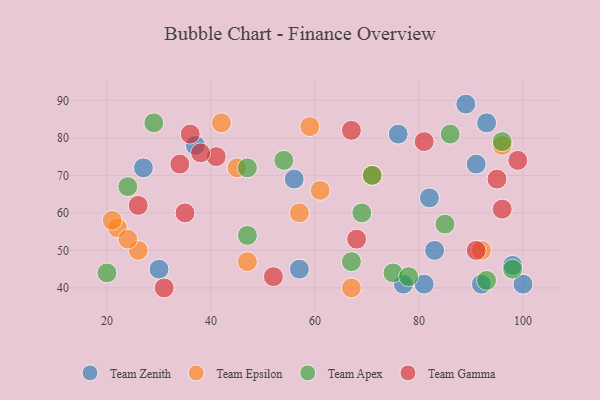
{"axis": {"x": "GDP", "y": "Life Expectancy"}, "legend": ["Team Apex", "Team Epsilon", "Team Gamma", "Team Zenith"], "data": [{"x": "92", "y": 41, "type": "Team Zenith"}, {"x": "27", "y": 72, "type": "Team Zenith"}, {"x": "89", "y": 89, "type": "Team Zenith"}, {"x": "81", "y": 41, "type": "Team Zenith"}, {"x": "82", "y": 64, "type": "Team Zenith"}, {"x": "100", "y": 41, "type": "Team Zenith"}, {"x": "57", "y": 45, "type": "Team Zenith"}, {"x": "77", "y": 41, "type": "Team Zenith"}, {"x": "76", "y": 81, "type": "Team Zenith"}, {"x": "37", "y": 78, "type": "Team Zenith"}, {"x": "56", "y": 69, "type": "Team Zenith"}, {"x": "93", "y": 84, "type": "Team Zenith"}, {"x": "30", "y": 45, "type": "Team Zenith"}, {"x": "83", "y": 50, "type": "Team Zenith"}, {"x": "91", "y": 73, "type": "Team Zenith"}, {"x": "98", "y": 46, "type": "Team Zenith"}, {"x": "59", "y": 83, "type": "Team Epsilon"}, {"x": "67", "y": 40, "type": "Team Epsilon"}, {"x": "26", "y": 50, "type": "Team Epsilon"}, {"x": "92", "y": 50, "type": "Team Epsilon"}, {"x": "42", "y": 84, "type": "Team Epsilon"}, {"x": "22", "y": 56, "type": "Team Epsilon"}, {"x": "21", "y": 58, "type": "Team Epsilon"}, {"x": "57", "y": 60, "type": "Team Epsilon"}, {"x": "47", "y": 47, "type": "Team Epsilon"}, {"x": "71", "y": 70, "type": "Team Epsilon"}, {"x": "96", "y": 78, "type": "Team Epsilon"}, {"x": "24", "y": 53, "type": "Team Epsilon"}, {"x": "61", "y": 66, "type": "Team Epsilon"}, {"x": "45", "y": 72, "type": "Team Epsilon"}, {"x": "54", "y": 74, "type": "Team Apex"}, {"x": "96", "y": 79, "type": "Team Apex"}, {"x": "47", "y": 54, "type": "Team Apex"}, {"x": "47", "y": 72, "type": "Team Apex"}, {"x": "29", "y": 84, "type": "Team Apex"}, {"x": "93", "y": 42, "type": "Team Apex"}, {"x": "71", "y": 70, "type": "Team Apex"}, {"x": "75", "y": 44, "type": "Team Apex"}, {"x": "85", "y": 57, "type": "Team Apex"}, {"x": "69", "y": 60, "type": "Team Apex"}, {"x": "67", "y": 47, "type": "Team Apex"}, {"x": "78", "y": 43, "type": "Team Apex"}, {"x": "86", "y": 81, "type": "Team Apex"}, {"x": "98", "y": 45, "type": "Team Apex"}, {"x": "20", "y": 44, "type": "Team Apex"}, {"x": "24", "y": 67, "type": "Team Apex"}, {"x": "52", "y": 43, "type": "Team Gamma"}, {"x": "41", "y": 75, "type": "Team Gamma"}, {"x": "67", "y": 82, "type": "Team Gamma"}, {"x": "68", "y": 53, "type": "Team Gamma"}, {"x": "26", "y": 62, "type": "Team Gamma"}, {"x": "36", "y": 81, "type": "Team Gamma"}, {"x": "99", "y": 74, "type": "Team Gamma"}, {"x": "96", "y": 61, "type": "Team Gamma"}, {"x": "91", "y": 50, "type": "Team Gamma"}, {"x": "31", "y": 40, "type": "Team Gamma"}, {"x": "95", "y": 69, "type": "Team Gamma"}, {"x": "34", "y": 73, "type": "Team Gamma"}, {"x": "81", "y": 79, "type": "Team Gamma"}, {"x": "38", "y": 76, "type": "Team Gamma"}, {"x": "35", "y": 60, "type": "Team Gamma"}]}